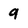
Character: 9